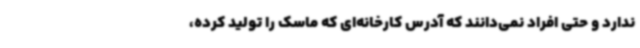
ندارد و حتی افراد نمی‌دانند که آدرس کارخانه‌ای که ماسک را تولید کرده،